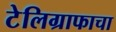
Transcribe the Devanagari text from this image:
टेलिग्राफाचा